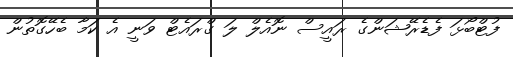
ފުޓްބޯޅަ ފެޑެރޭޝަންގެ ރައީސް ނޮއެލް ލަ ގްރައެޓް ވަނީ އެ ކަމާ ބެހޭގޮތުން